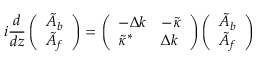
i \frac { d } { d z } \left( \begin{array} { l } { \tilde { A } _ { b } } \\ { \tilde { A } _ { f } } \end{array} \right) = \left( \begin{array} { l l } { - \Delta k } & { - \tilde { \kappa } } \\ { \tilde { \kappa } ^ { * } } & { \Delta k } \end{array} \right) \left( \begin{array} { l } { \tilde { A } _ { b } } \\ { \tilde { A } _ { f } } \end{array} \right)